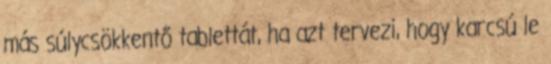
más súlycsökkentő tablettát, ha azt tervezi, hogy karcsú le